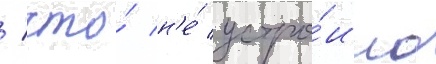
/ что́ н'е́ устро́ило